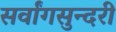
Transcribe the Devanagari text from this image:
सर्वांगसुन्दरी